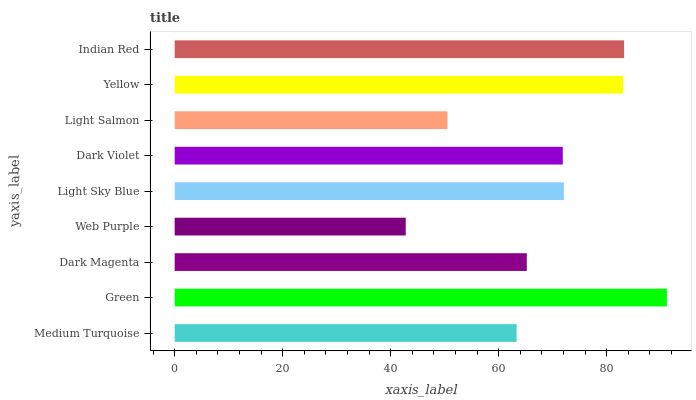
| yaxis_label | bars |
 | --- | --- |
 | Medium Turquoise | 63.3 |
 | Green | 91.1 |
 | Dark Magenta | 65.2 |
 | Web Purple | 42.8 |
 | Light Sky Blue | 72.1 |
 | Dark Violet | 71.9 |
 | Light Salmon | 50.5 |
 | Yellow | 83 |
 | Indian Red | 83.2 |